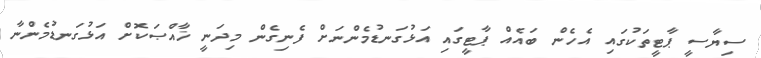
ސިޔާސީ ޕާޓީތަކުގައި އެހެން ބައެއް ޕާޓީގައި އަޅުގަނޑުމެންނަށް ފެނިގެން މިދަނީ ޚާއްޞަކޮށް އަޅުގަނޑުމެންނާ